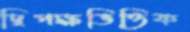
দ্বিপক্ষভিত্তিক